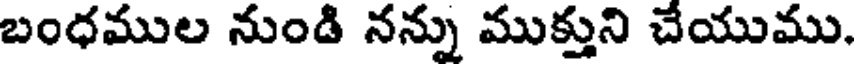
బంధముల నుండి నన్ను ముక్తుని చేయుము.